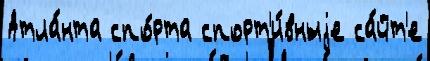
Атла́нта спо́рта спорт'и́вныjе са́йт'е